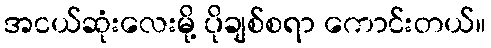
အငယ်ဆုံးလေးမို့ ပိုချစ်စရာ ကောင်းတယ်။